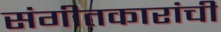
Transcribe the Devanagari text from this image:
संगीतकारांची